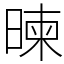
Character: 暕